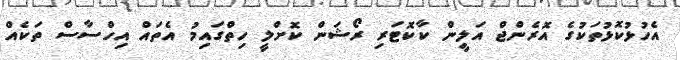
އެހުޅުކޮޅުތަކުގެ އޮރެންޖް އަލީން ކާކޮޓަރި ރޯޝަން ކޮށްލީ ހިތްގައިމު އެތައް އިހްސާސް ތަކެއް